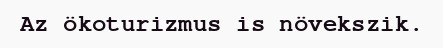
Az ökoturizmus is növekszik.